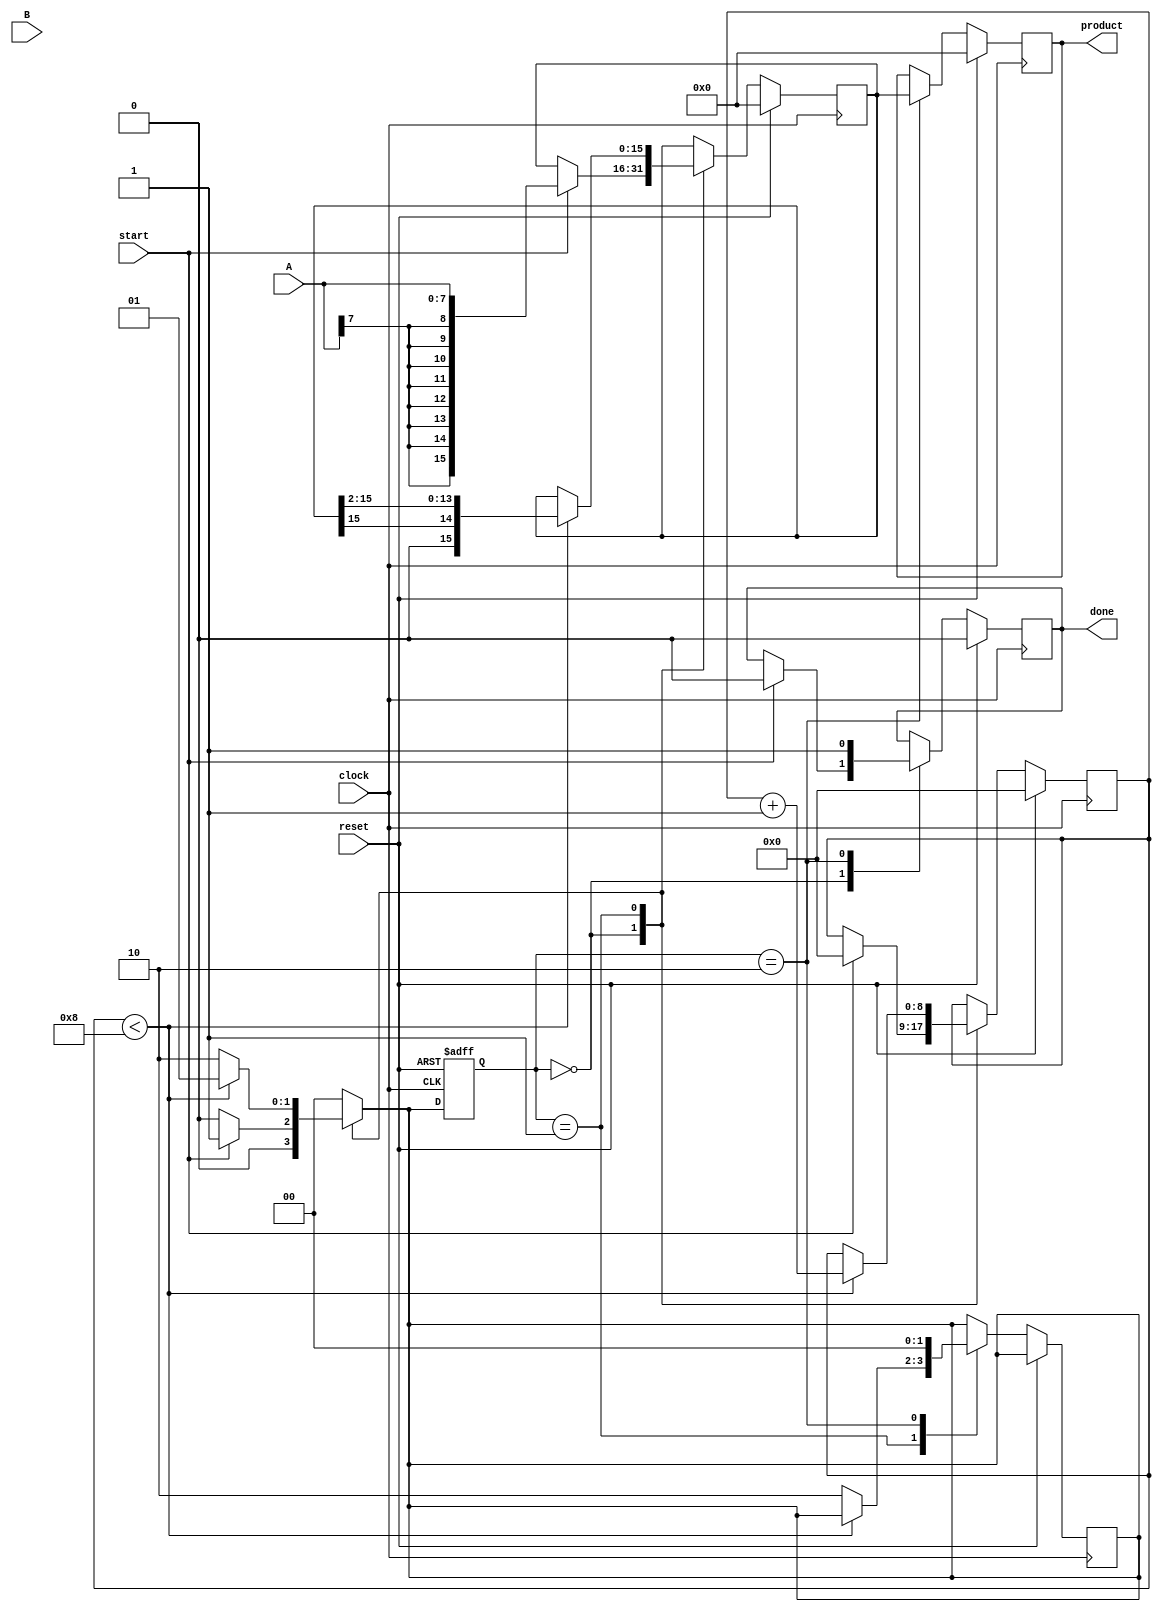
module booth_multiplier #(
    parameter WIDTH_A = 8,  // Width of multiplicand A
    parameter WIDTH_B = 8   // Width of multiplier B
)(
    input  wire [WIDTH_A-1:0] A,          // Multiplicand
    input  wire [WIDTH_B-1:0] B,          // Multiplier
    input  wire start,                      // Start signal
    input  wire clock,                      // Clock signal
    input  wire reset,                      // Reset signal
    output reg [WIDTH_A + WIDTH_B - 1:0] product, // Product output
    output reg done                        // Done signal
);

    reg [WIDTH_A + WIDTH_B - 1:0] P;      // Accumulator
    reg [WIDTH_B-1:0] Q;                   // Multiplier
    reg [WIDTH_B-1:0] Q_neg;               // Negative of Q
    reg [WIDTH_B:0] count;                 // Count of iterations
    reg Q_1;                                // Previous bit of Q

    // State Machine states
    localparam IDLE = 2'b00, 
               RUN  = 2'b01,
               DONE = 2'b10;

    reg [1:0] state, next_state;

    // Initial block
    always @(posedge clock or posedge reset) begin
        if (reset) begin
            state <= IDLE;
        end else begin
            state <= next_state;
        end
    end

    // Sequential logic for multiplication
    always @(posedge clock) begin
        if (reset) begin
            P <= 0;
            Q <= 0;
            Q_neg <= 0;
            count <= 0;
            Q_1 <= 0;
            product <= 0;
            done <= 0;
        end else begin
            case (state)
                IDLE: begin
                    if (start) begin
                        P <= { {WIDTH_A{A[WIDTH_A-1]}}, A }; // Sign-extend A
                        Q <= B;
                        Q_neg <= ~B + 1; // 2's complement of B
                        Q_1 <= 0;        // Initial Q_1 = 0
                        count <= 0;
                        done <= 0;
                    end
                end
                
                RUN: begin
                    if (count < WIDTH_B) begin
                        case ({Q[0], Q_1})
                            2'b01: P <= P + { {WIDTH_A{A[WIDTH_A-1]}}, A }; // P = P + A
                            2'b10: P <= P + Q_neg; // P = P - A (Q_neg is -A)
                            2'b00, 2'b11: P <= P; // No operation
                        endcase
                        
                        // Arithmetic right shift
                        {P, Q} <= {P[WIDTH_A + WIDTH_B - 1], P[WIDTH_A + WIDTH_B - 1:1], Q[WIDTH_B - 1:1]}; // Shift
                        Q_1 <= Q[0]; // Update Q_1
                        count <= count + 1; // Increment count
                    end else begin
                        next_state <= DONE; // Move to done state
                    end
                end
                
                DONE: begin
                    product <= P; // Load final product
                    done <= 1;   // Assert done signal
                    next_state <= IDLE; // Return to idle
                end
            endcase
        end
    end

    // Combinational logic for next state
    always @(*) begin
        case (state)
            IDLE: next_state = start ? RUN : IDLE;
            RUN: next_state = (count < WIDTH_B) ? RUN : DONE;
            DONE: next_state = IDLE;
            default: next_state = IDLE;
        endcase
    end

endmodule